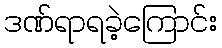
ဒဏ်ရာရခဲ့ကြောင်း